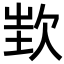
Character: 𣢫